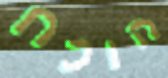
הוכח